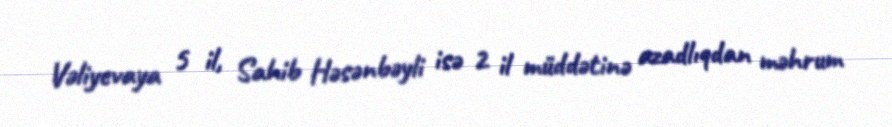
Vəliyevaya 5 il, Sahib Həsənbəyli isə 2 il müddətinə azadlıqdan məhrum